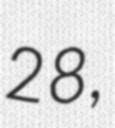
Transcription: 28,